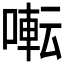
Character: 𫝚